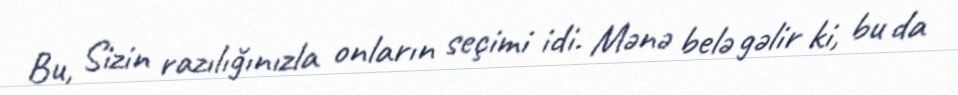
Bu, Sizin razılığınızla onların seçimi idi. Mənə belə gəlir ki, bu da